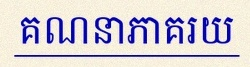
គណនាភាគរយ